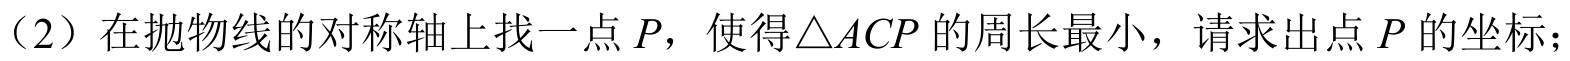
(2) 在抛物线的对称轴上找一点\(P\)，使得\(\triangle ACP\)的周长最小，请求出点\(P\)的坐标；